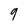
Character: 9